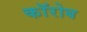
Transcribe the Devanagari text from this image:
कॉरोब